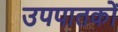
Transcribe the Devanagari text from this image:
उपपातकों